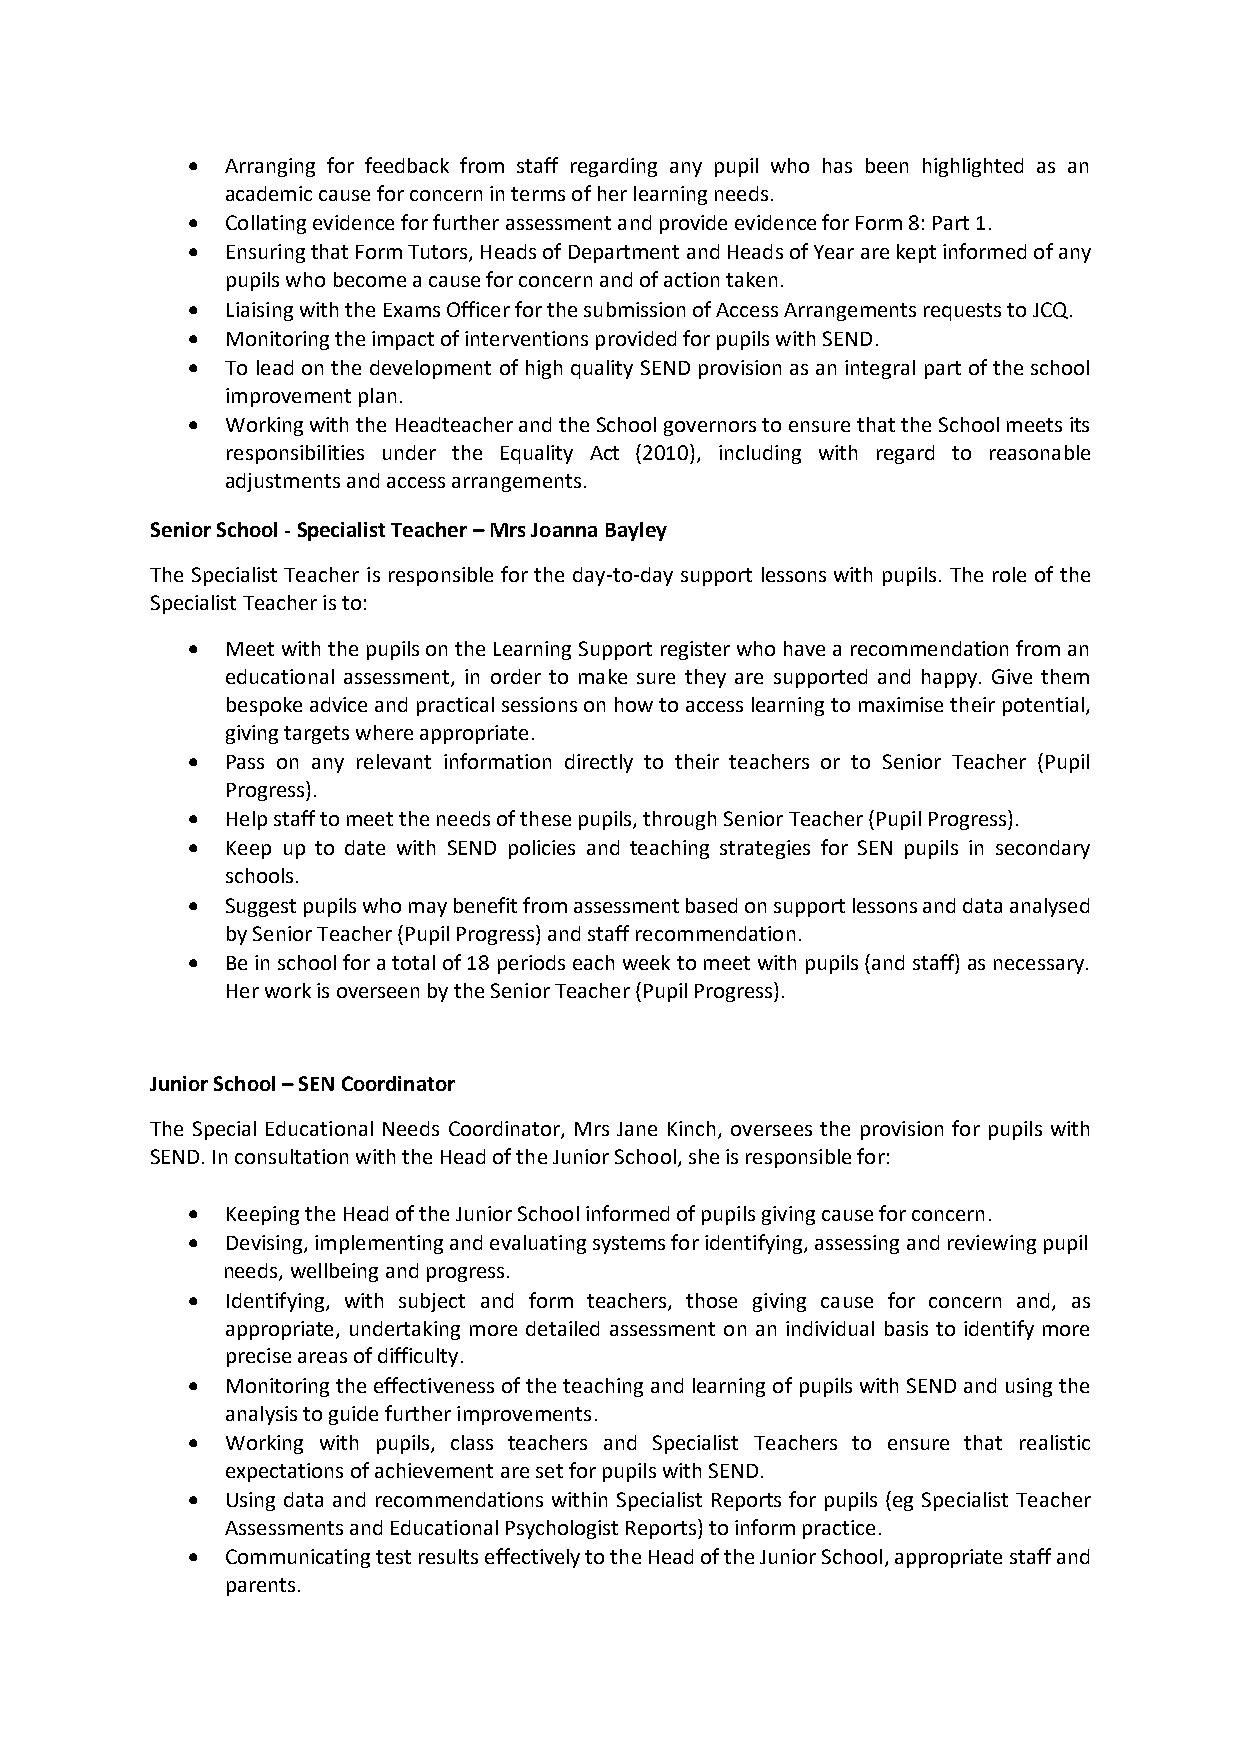
•  Arranging for feedback from staff regarding any pupil who has been highlighted as an
 academic cause for concern in terms of her learning needs.
 •  Collating evidence for further assessment and provide evidence for Form 8: Part 1.
 •  Ensuring that Form Tutors, Heads of Department and Heads of Year are kept informed of any
 pupils who become a cause for concern and of action taken.
 •  Liaising with the Exams Officer for the submission of Access Arrangements requests to JCQ.
 •  Monitoring the impact of interventions provided for pupils with SEND.
 •  To lead on the development of high quality SEND provision as an integral part of the school
 improvement plan.
 •  Working with the Headteacher and the School governors to ensure that the School meets its
 responsibilities under the Equality Act (2010), including with regard to reasonable
 adjustments and access arrangements.
 Senior School - Specialist Teacher – Mrs Joanna Bayley
 The Specialist Teacher is responsible for the day-to-day support lessons with pupils. The role of the
 Specialist Teacher is to:
 •  Meet with the pupils on the Learning Support register who have a recommendation from an
 educational assessment, in order to make sure they are supported and happy. Give them
 bespoke advice and practical sessions on how to access learning to maximise their potential,
 giving targets where appropriate.
 •  Pass on any relevant information directly to their teachers or to Senior Teacher (Pupil
 Progress).
 •  Help staff to meet the needs of these pupils, through Senior Teacher (Pupil Progress).
 •  Keep up to date with SEND policies and teaching strategies for SEN pupils in secondary
 schools.
 •  Suggest pupils who may benefit from assessment based on support lessons and data analysed
 by Senior Teacher (Pupil Progress) and staff recommendation.
 •  Be in school for a total of 18 periods each week to meet with pupils (and staff) as necessary.
 Her work is overseen by the Senior Teacher (Pupil Progress).
 Junior School – SEN Coordinator
 The Special Educational Needs Coordinator, Mrs Jane Kinch, oversees the provision for pupils with
 SEND. In consultation with the Head of the Junior School, she is responsible for:
 •  Keeping the Head of the Junior School informed of pupils giving cause for concern.
 •  Devising, implementing and evaluating systems for identifying, assessing and reviewing pupil
 needs, wellbeing and progress.
 •  Identifying, with subject and form teachers, those giving cause for concern and, as
 appropriate, undertaking more detailed assessment on an individual basis to identify more
 precise areas of difficulty.
 •  Monitoring the effectiveness of the teaching and learning of pupils with SEND and using the
 analysis to guide further improvements.
 •  Working with pupils, class teachers and Specialist Teachers to ensure that realistic
 expectations of achievement are set for pupils with SEND.
 •  Using data and recommendations within Specialist Reports for pupils (eg Specialist Teacher
 Assessments and Educational Psychologist Reports) to inform practice.
 •  Communicating test results effectively to the Head of the Junior School, appropriate staff and
 parents.